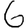
Digit: 6